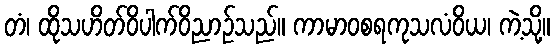
တံ၊ ထိုသဟိတ်ဝိပါက်ဝိညာဉ်သည်။ ကာမာဝစရကုသလံဝိယ၊ ကဲ့သို့။